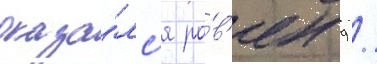
оказа́лс'я ра́в'ен 9 /